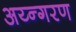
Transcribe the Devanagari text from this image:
अय्न्गरण